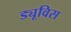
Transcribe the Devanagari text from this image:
ड्यूविस